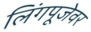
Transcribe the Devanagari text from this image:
लिंगपूजेवर